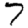
Digit: 7